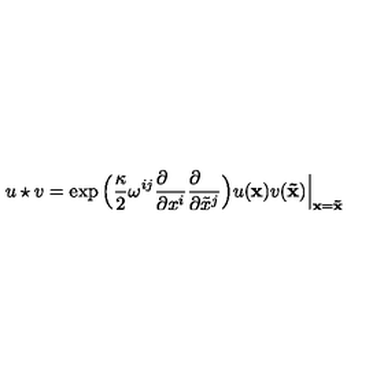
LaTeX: u \star v = \exp \Big ( { \frac { \kappa } { 2 } } \omega ^ { i j } { \frac { \partial \phantom { x ^ { i } } } { \partial x ^ { i } } } { \frac { \partial \phantom { x ^ { j } } } { \partial { \tilde { x } } ^ { j } } } \Big ) u ( { \bf x } ) v ( { \bf { \tilde { x } } } ) \Big \vert _ { { \bf x } = { \bf { \tilde { x } } } }